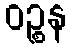
ဝဉ္စန